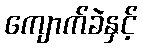
ကျောက်ခဲနှင့်